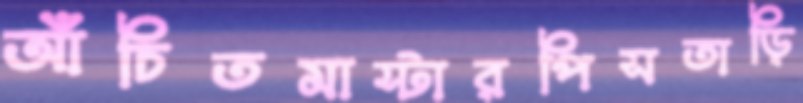
আঁচিতমাস্টারপিসতাড়ি